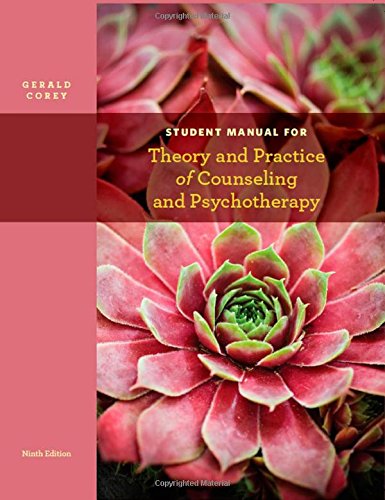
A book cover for Student Manual for Corey's Theory and Practice of Counseling and Psychotherapy, 9th; Gerald Corey; Education & Teaching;